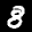
Label: 8